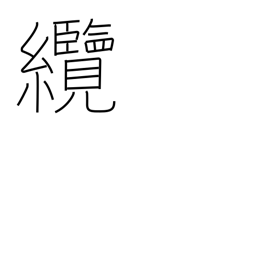
Meaning: hawser